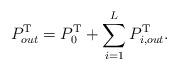
LaTeX: \begin{align*}P^{\mathrm{T}}_{out} = P^{\mathrm{T}}_0 + \sum\limits_{i=1}^{L}P^{\mathrm{T}}_{i,out}.\end{align*}